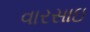
વારસાઇ